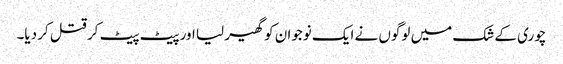
چوری کے شک میں لوگوں نے ایک نوجوان کو گھیر لیا اور پیٹ پیٹ کر قتل کر دیا۔